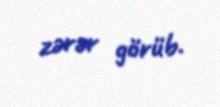
zərər görüb.